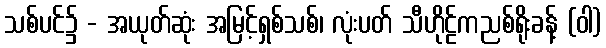
သစ်ပင်၌ - အယုတ်ဆုံး အမြင့်ရှစ်သစ်၊ လုံးပတ် သီဟိုဠ်ကညစ်ရိုးခန့် (ဝါ)